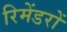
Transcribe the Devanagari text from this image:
रिमेंडरों